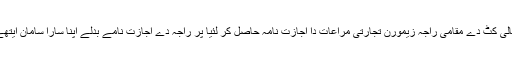
عرب تاجراں دے اعتراضاں تے واسکوڈے گاما نے کالی کٹ دے مقامی راجہ زیمورن تجارتی مراعات دا اجازت نامہ حاصل کر لئیا پر راجہ دے اجازت نامے بدلے اپنا سارا سامان ایتھے چھڈن دے اصرار پاروں اسنوں بغیر دسے جانا پئیا ۔